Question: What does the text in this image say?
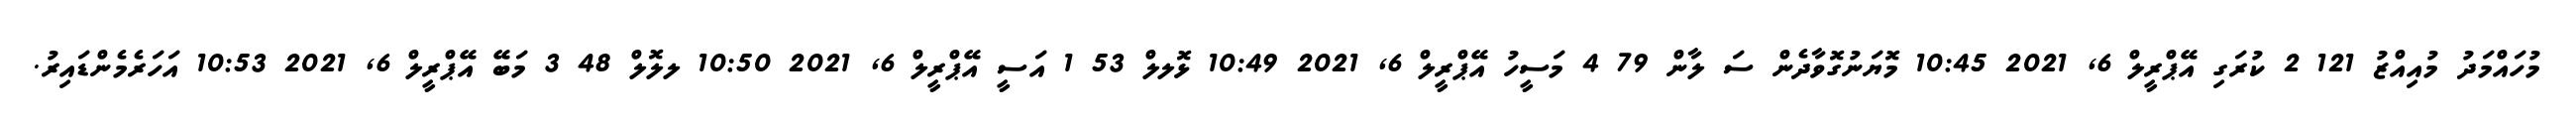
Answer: މުހައްމަދު މުއިއްޒު 121 2 ކުރަގި އޭޕްރީލް 6, 2021 10:45 މޮޔަނުގޮވާދެން ސަ ލާން 79 4 މަސީހު އޭޕްރީލް 6, 2021 10:49 ޅޮލލް 53 1 އަސީ އޭޕްރީލް 6, 2021 10:50 ލލޮލް 48 3 މަބޭ އޭޕްރީލް 6, 2021 10:53 އަހަރެމެންޑައިރު.